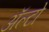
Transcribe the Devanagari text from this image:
अॅल्टो